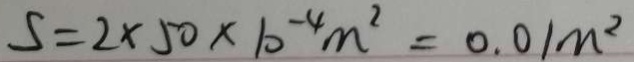
S = 2 \times 5 0 \times 1 0 ^ { - 4 } m ^ { 2 } = 0 . 0 1 m ^ { 2 }